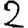
Digit: 2